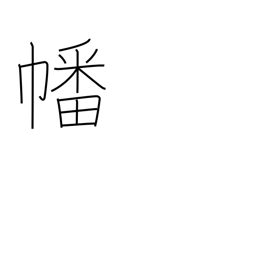
Meaning: flag